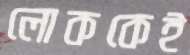
লোককেই